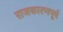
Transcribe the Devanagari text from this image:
राजकारणपूर्व